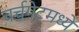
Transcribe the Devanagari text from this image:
चर्चगेटमध्ये